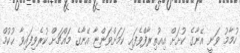
ހުމާމު ވަނީ އޭނާގެ ކުށަށް އިޢުތިރާފްވެފައި ކަމަށްވަންޏާ އޭނާގެ މައްޗަށް ކުރެވިފައިވާ ޙުކުމް